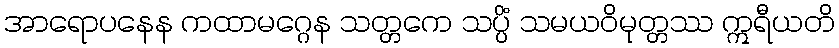
အာရောပနေန ကထာမဂ္ဂေန သတ္တကေ သပ္ပိံ သမယဝိမုတ္တဿ ဣရီယတိ